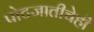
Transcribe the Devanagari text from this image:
पोटजातीचेही